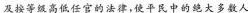
及接等级高低任官的法律，使平民中的绝大多数人